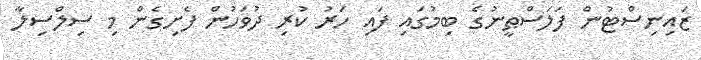
ޒައިނިސްޓުން ފަލަސްޠީނުގެ ބިމުގައި ފައި ހަރު ކުރި ދުވަހުން ފެށިގެން މި ސިލްސިލާ